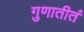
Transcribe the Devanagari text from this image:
गुणातीतं